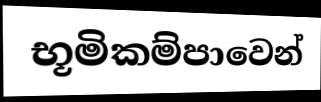
භූමිකම්පාවෙන්